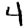
Digit: 4